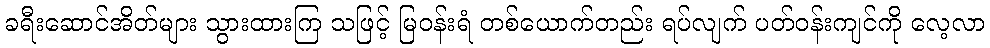
ခရီးဆောင်အိတ်များ သွားထားကြ သဖြင့် မြဝန်းရံ တစ်ယောက်တည်း ရပ်လျက် ပတ်ဝန်းကျင်ကို လေ့လာ